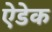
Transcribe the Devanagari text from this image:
ऐडेक